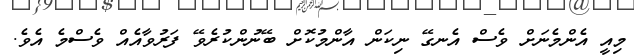
މިއީ އެންމެނަށް ވެސް އެނގޭ ނިކަން އާންމުކޮށް ބޭނުންކުރެވޭ ފަރުވާއެއް ވެސްމެ އެވެ.